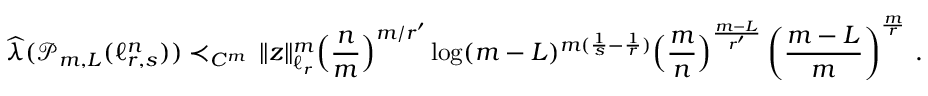
\widehat { \boldsymbol { \lambda } } ( \mathcal P _ { m , L } ( \ell _ { r , s } ^ { n } ) ) \prec _ { C ^ { m } } \, \| z \| _ { \ell _ { r } } ^ { m } \Big ( \frac { n } { m } \Big ) ^ { m / r ^ { \prime } } \log ( m - L ) ^ { m ( \frac 1 { s } - \frac 1 { r } ) } \Big ( \frac { m } { n } \Big ) ^ { \frac { m - L } { r ^ { \prime } } } \left( \frac { m - L } { m } \right) ^ { \frac { m } { r } } \, .